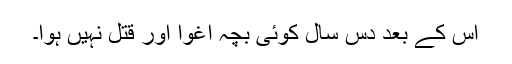
اس کے بعد دس سال کوئی بچہ اغوا اور قتل نہیں ہوا۔